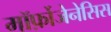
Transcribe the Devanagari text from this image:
मॉर्फ़ोजेनेसिस